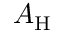
A _ { \mathrm { H } }